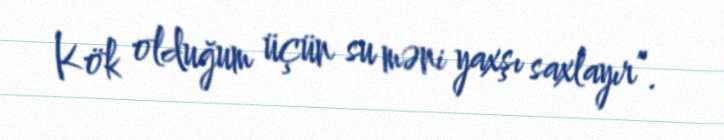
Kök olduğum üçün su məni yaxşı saxlayır”.